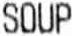
SOUP